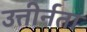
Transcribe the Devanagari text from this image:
उत्तीर्नता